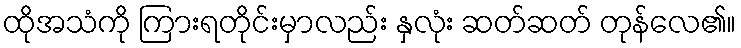
ထိုအသံကို ကြားရတိုင်းမှာလည်း နှလုံး ဆတ်ဆတ် တုန်လေ၏။